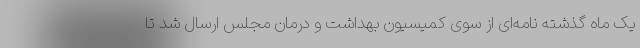
یک ماه گذشته نامه‌ای از سوی کمیسیون بهداشت و درمان مجلس ارسال شد تا